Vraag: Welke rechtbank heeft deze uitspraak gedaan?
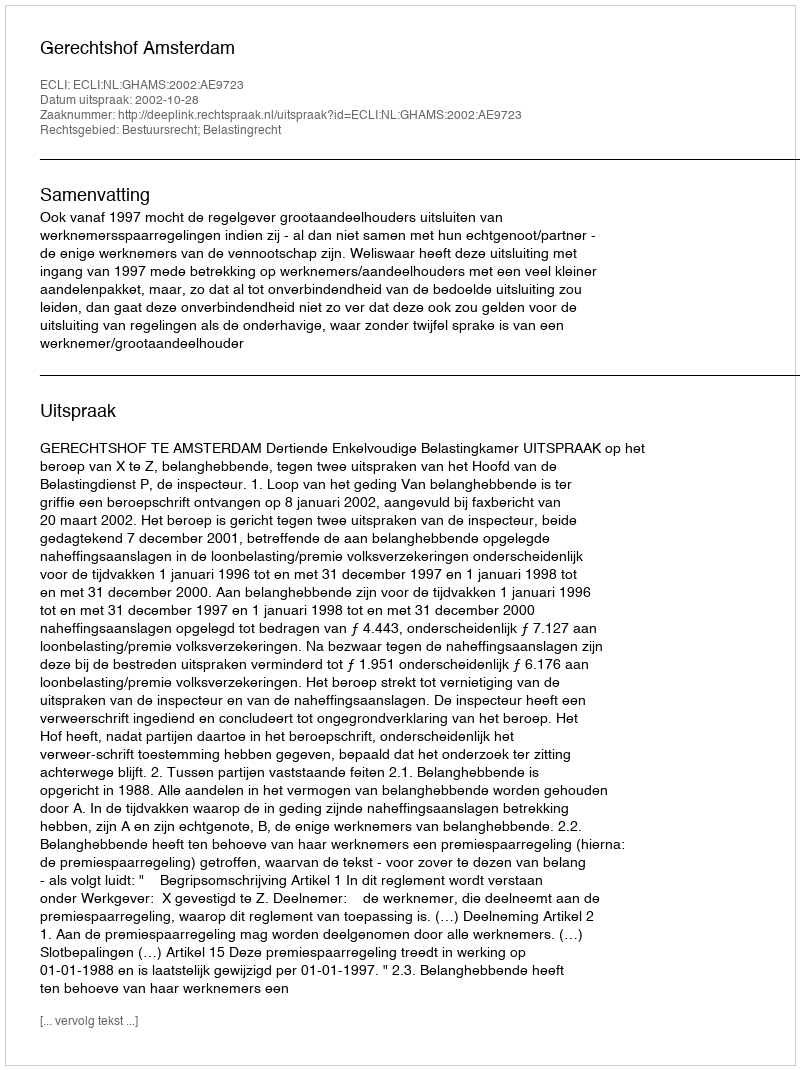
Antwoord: Gerechtshof Amsterdam